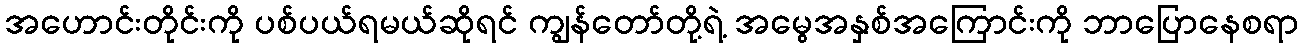
အဟောင်းတိုင်းကို ပစ်ပယ်ရမယ်ဆိုရင် ကျွန်တော်တို့ရဲ့ အမွေအနှစ်အကြောင်းကို ဘာပြောနေစရာ